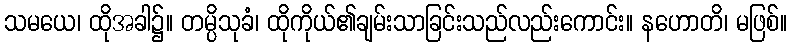
သမယေ၊ ထိုအခါ၌။ တမ္ပိသုခံ၊ ထိုကိုယ်၏ချမ်းသာခြင်းသည်လည်းကောင်း။ နဟောတိ၊ မဖြစ်။